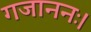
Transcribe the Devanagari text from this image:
गजाननः।